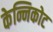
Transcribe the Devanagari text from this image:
केन्निकोट